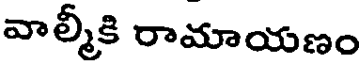
వాల్మీకి రామాయణం